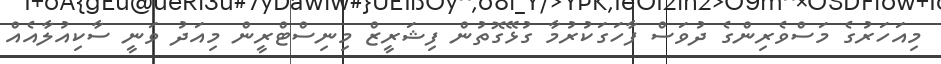
މިއަހަރުގެ މަސްވެރިންގެ ދުވަސް ފާހަގަކުރުމާ ގުޅޭގޮތުން ފިޝަރީޒް މިނިސްޓްރީން މިއަދު ވަނީ ސާކިއުލާއެއް